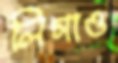
লিগাও